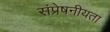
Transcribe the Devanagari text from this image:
संप्रेषनीयता